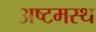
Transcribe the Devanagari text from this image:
अष्टमस्थ